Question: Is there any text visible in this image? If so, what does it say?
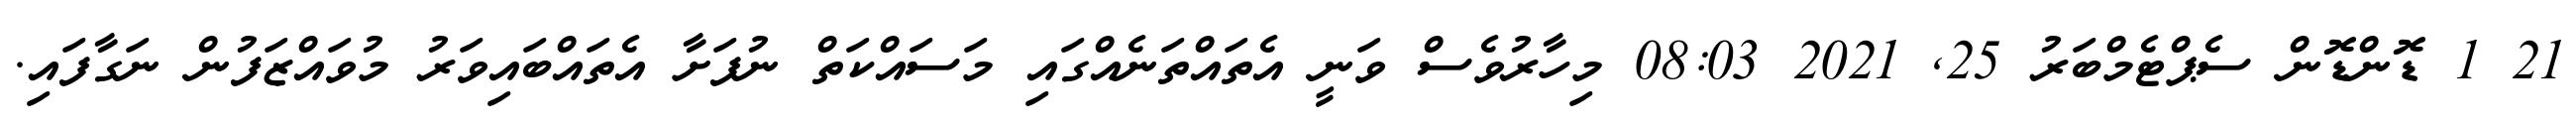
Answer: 21 1 ޑޮންޑޮން ސެޕްޓެމްބަރު 25, 2021 08:03 މިހާރުވެސް ވަނީ އެތައްތަނެއްގައި މަސައްކަތް ނުފަށާ އެތައްބައިވަރު މުވައްޒަފުން ނަގާފައި.